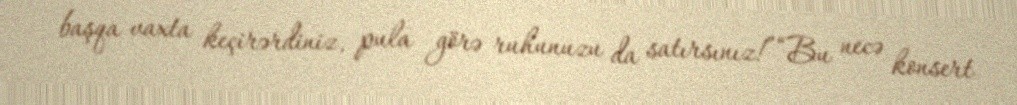
başqa vaxta keçirərdiniz, pula görə ruhunuzu da satırsınız!”“Bu necə konsert